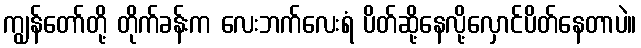
ကျွန်တော်တို့ တိုက်ခန်းက လေးဘက်လေးရံ ပိတ်ဆို့နေလို့လှောင်ပိတ်နေတာပဲ။